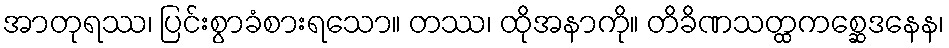
အာတုရဿ၊ ပြင်းစွာခံစားရသော။ တဿ၊ ထိုအနာကို။ တိခိဏသတ္ထကစ္ဆေဒနေန၊